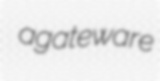
agateware